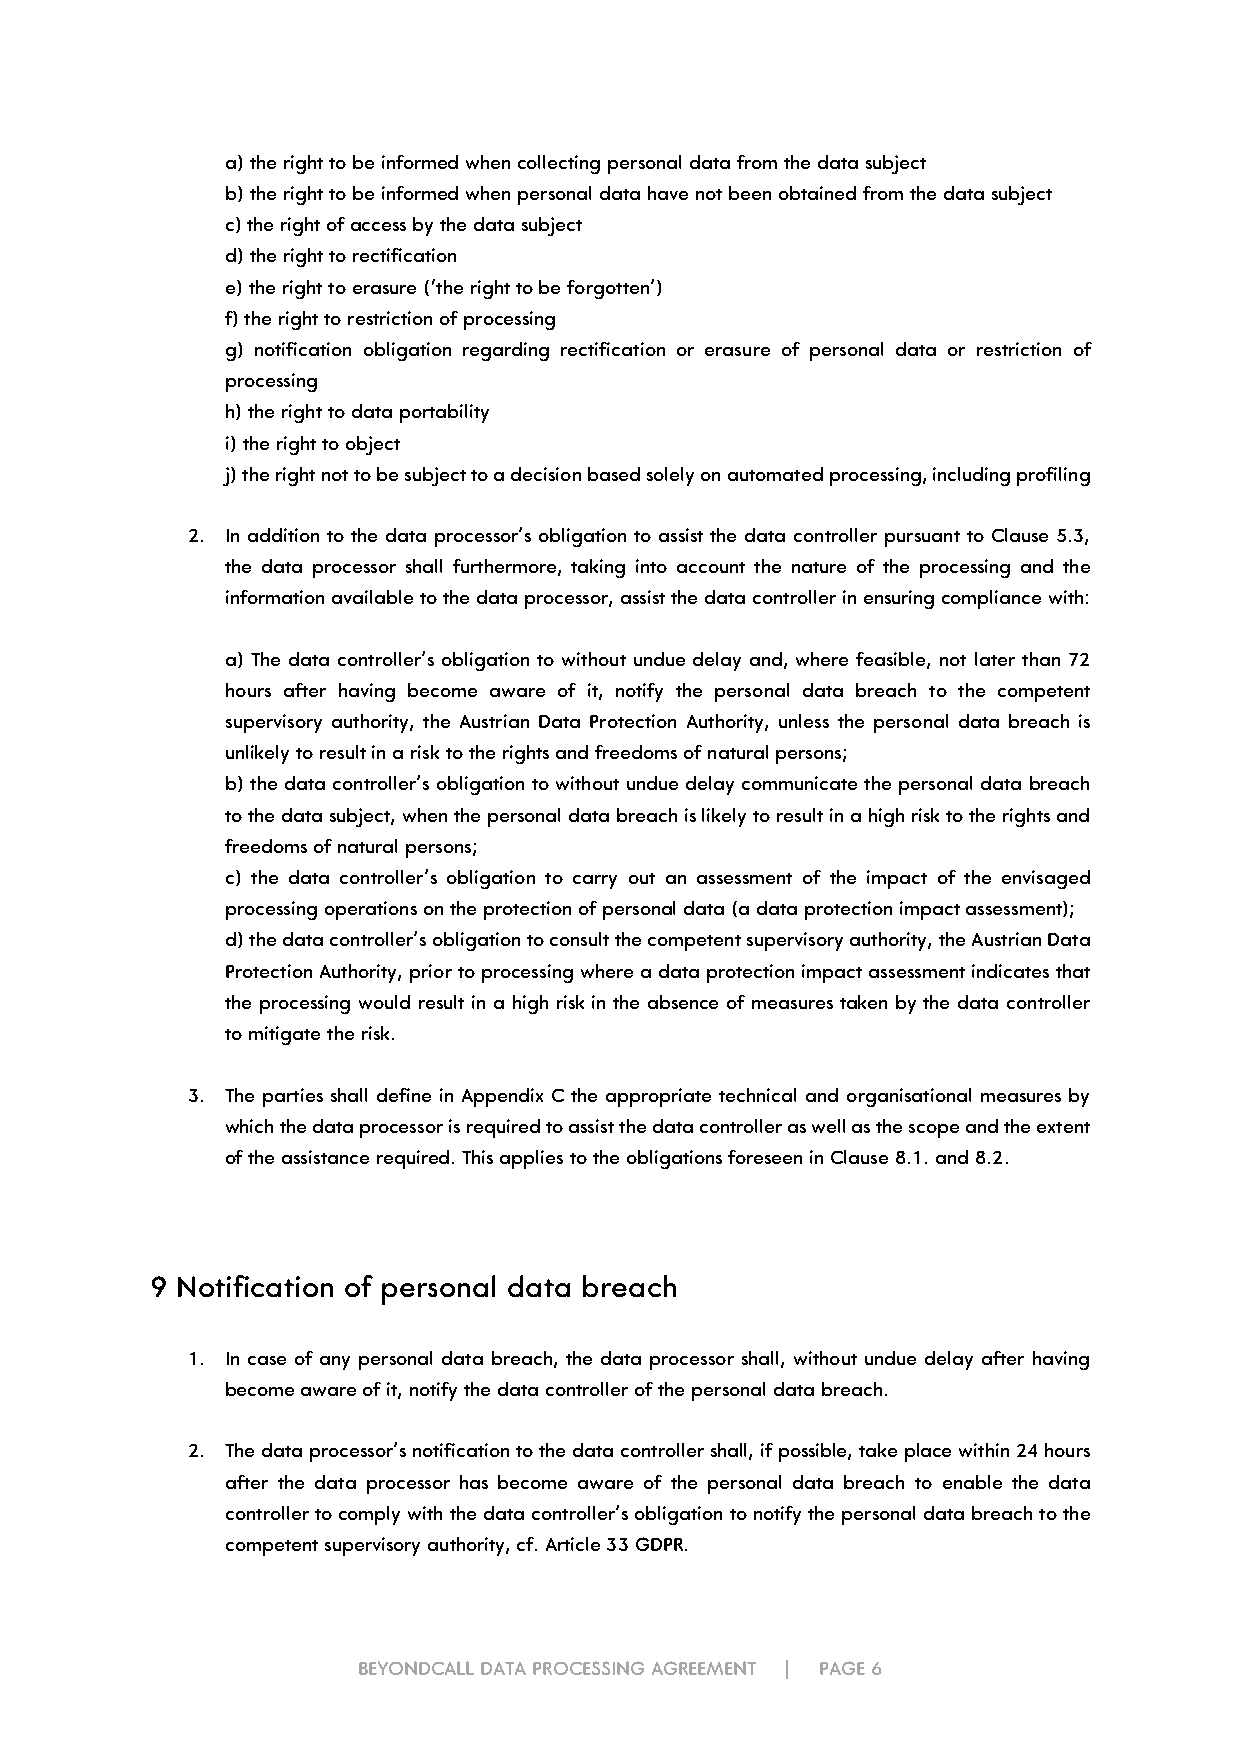
a) the right to be informed when collecting personal data from the data subject
 b) the right to be informed when personal data have not been obtained from the data subject
 c) the right of access by the data subject
 d) the right to rectification
 e) the right to erasure (‘the right to be forgotten’)
 f) the right to restriction of processing
 g) notification obligation regarding rectification or erasure of personal data or restriction of
 processing
 h) the right to data portability
 i) the right to object
 j) the right not to be subject to a decision based solely on automated processing, including profiling
 2. In addition to the data processor’s obligation to assist the data controller pursuant to Clause 5.3,
 the data processor shall furthermore, taking into account the nature of the processing and the
 information available to the data processor, assist the data controller in ensuring compliance with:
 a) The data controller’s obligation to without undue delay and, where feasible, not later than 72
 hours after having become aware of it, notify the personal data breach to the competent
 supervisory authority, the Austrian Data Protection Authority, unless the personal data breach is
 unlikely to result in a risk to the rights and freedoms of natural persons;
 b) the data controller’s obligation to without undue delay communicate the personal data breach
 to the data subject, when the personal data breach is likely to result in a high risk to the rights and
 freedoms of natural persons;
 c) the data controller’s obligation to carry out an assessment of the impact of the envisaged
 processing operations on the protection of personal data (a data protection impact assessment);
 d) the data controller’s obligation to consult the competent supervisory authority, the Austrian Data
 Protection Authority, prior to processing where a data protection impact assessment indicates that
 the processing would result in a high risk in the absence of measures taken by the data controller
 to mitigate the risk.
 3. The parties shall define in Appendix C the appropriate technical and organisational measures by
 which the data processor is required to assist the data controller as well as the scope and the extent
 of the assistance required. This applies to the obligations foreseen in Clause 8.1. and 8.2.
 9 Notification of personal data breach
 1. In case of any personal data breach, the data processor shall, without undue delay after having
 become aware of it, notify the data controller of the personal data breach.
 2. The data processor’s notification to the data controller shall, if possible, take place within 24 hours
 after the data processor has become aware of the personal data breach to enable the data
 controller to comply with the data controller’s obligation to notify the personal data breach to the
 competent supervisory authority, cf. Article 33 GDPR.
 BEYONDCALL DATA PROCESSING AGREEMENT | PAGE 6